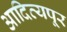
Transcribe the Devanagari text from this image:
आदित्यपूर